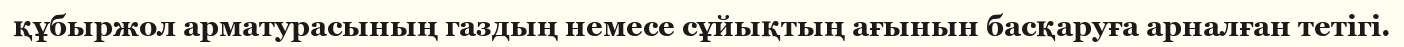
құбыржол арматурасының газдың немесе сұйықтың ағынын басқаруға арналған тетігі.